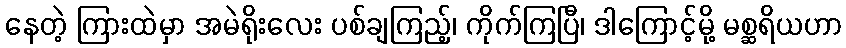
နေတဲ့ ကြားထဲမှာ အမဲရိုးလေး ပစ်ချကြည့်၊ ကိုက်ကြပြီ၊ ဒါကြောင့်မို့ မစ္ဆရိယဟာ